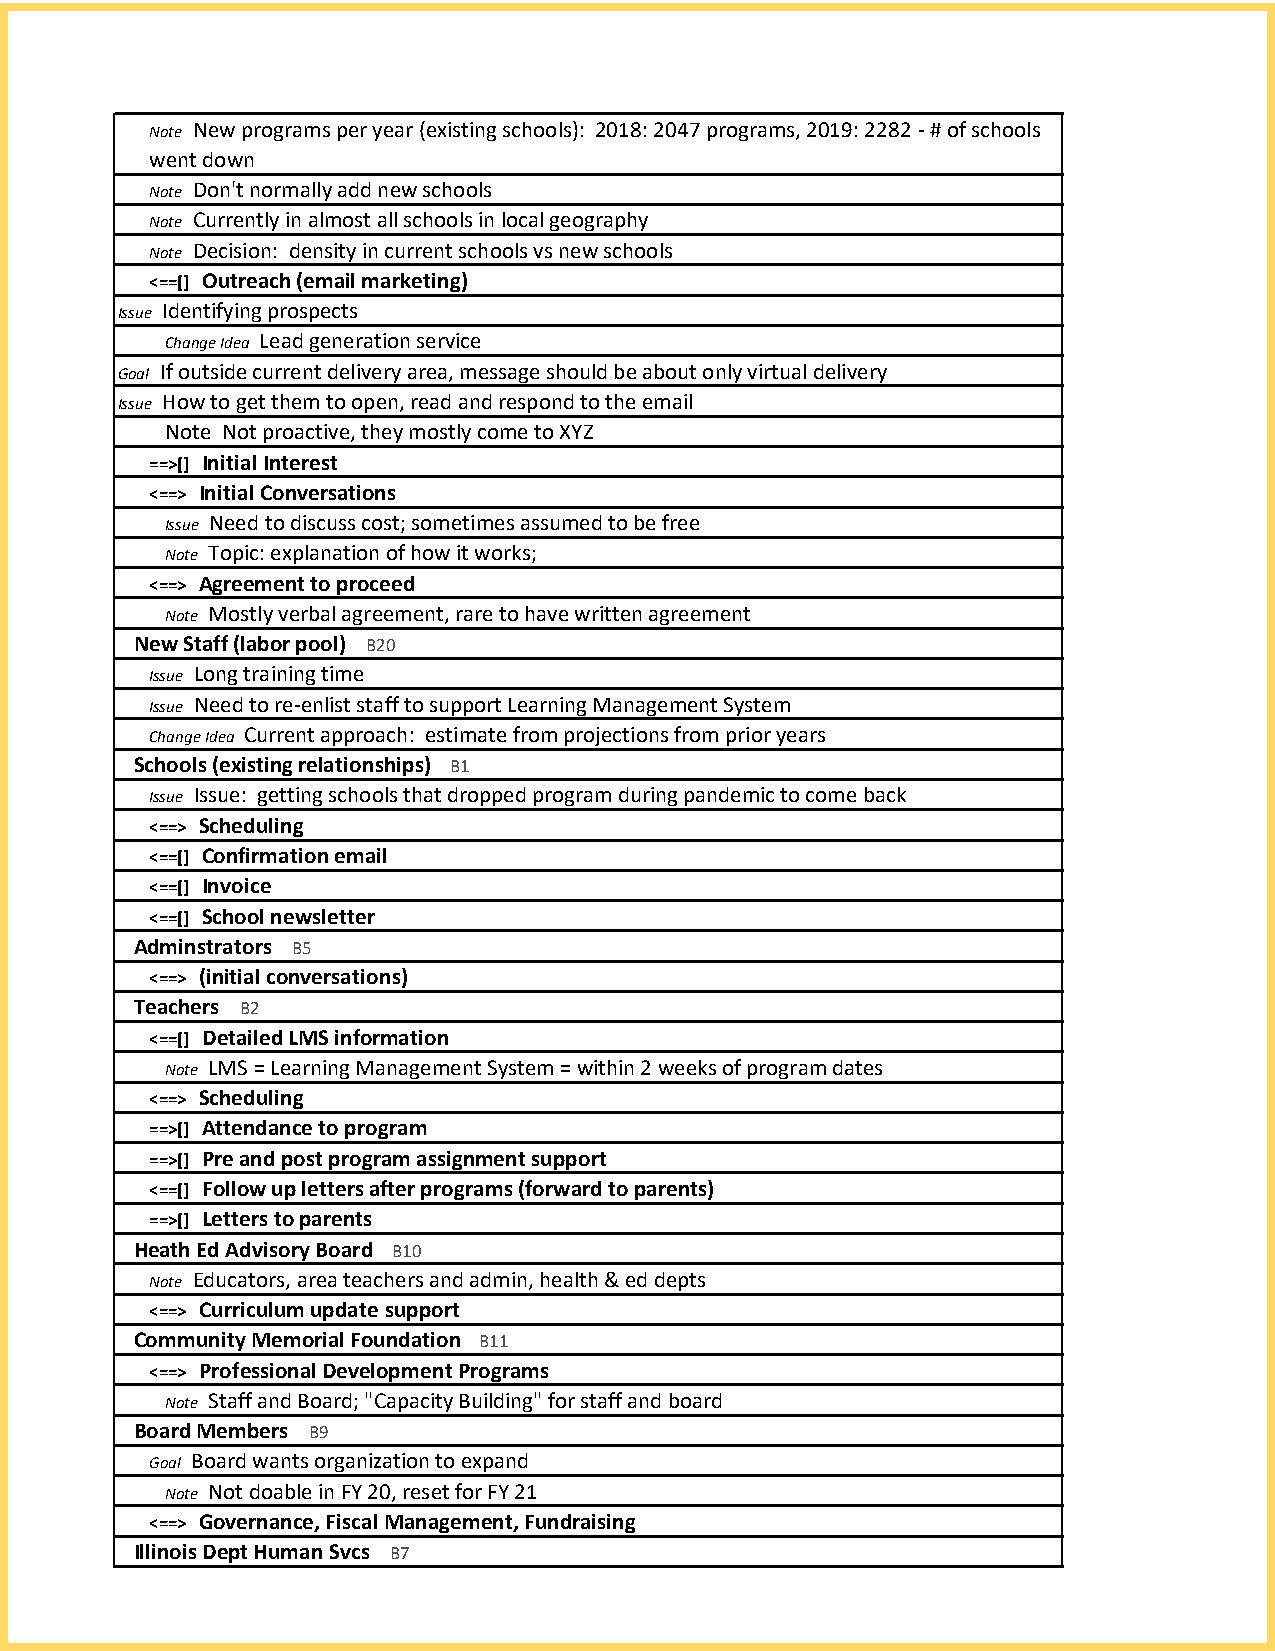
Note New programs per year (existing schools): 2018: 2047 programs, 2019: 2282 - # of schools
 went down
 Note Don't normally add new schools
 Note Currently in almost all schools in local geography
 Note Decision: density in current schools vs new schools
 <==[] Outreach (email marketing)
 Issue Identifying prospects
 Change Idea Lead generation service
 Goal If outside current delivery area, message should be about only virtual delivery
 Issue How to get them to open, read and respond to the email
 Note Not proactive, they mostly come to XYZ
 ==>[] Initial Interest
 <==> Initial Conversations
 Issue Need to discuss cost; sometimes assumed to be free
 Note Topic: explanation of how it works;
 <==> Agreement to proceed
 Note Mostly verbal agreement, rare to have written agreement
 New Staff (labor pool) B20
 Issue Long training time
 Issue Need to re-enlist staff to support Learning Management System
 Change Idea Current approach: estimate from projections from prior years
 Schools (existing relationships) B1
 Issue Issue: getting schools that dropped program during pandemic to come back
 <==> Scheduling
 <==[] Confirmation email
 <==[] Invoice
 <==[] School newsletter
 Adminstrators B5
 <==> (initial conversations)
 Teachers B2
 <==[] Detailed LMS information
 Note LMS = Learning Management System = within 2 weeks of program dates
 <==> Scheduling
 ==>[] Attendance to program
 ==>[] Pre and post program assignment support
 <==[] Follow up letters after programs (forward to parents)
 ==>[] Letters to parents
 Heath Ed Advisory Board B10
 Note Educators, area teachers and admin, health & ed depts
 <==> Curriculum update support
 Community Memorial Foundation B11
 <==> Professional Development Programs
 Note Staff and Board; "Capacity Building" for staff and board
 Board Members B9
 Goal Board wants organization to expand
 Note Not doable in FY 20, reset for FY 21
 <==> Governance, Fiscal Management, Fundraising
 Illinois Dept Human Svcs B7